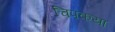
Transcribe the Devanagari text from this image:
चिपकया